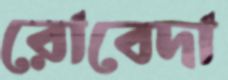
রোবেদা